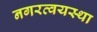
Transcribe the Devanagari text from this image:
नगरव्वयस्था